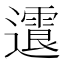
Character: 𨘍